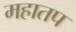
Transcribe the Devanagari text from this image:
महातप